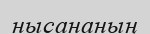
нысананың